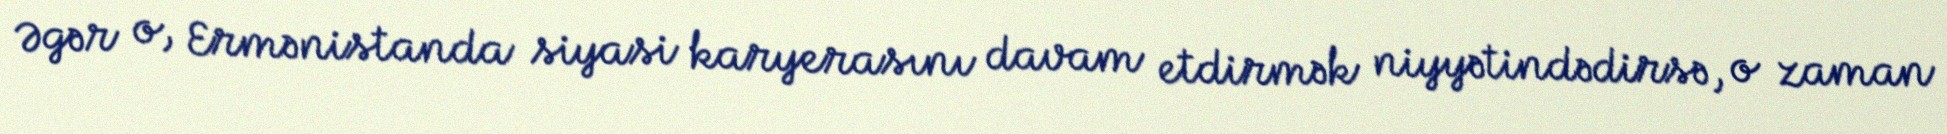
Əgər o, Ermənistanda siyasi karyerasını davam etdirmək niyyətindədirsə, o zaman